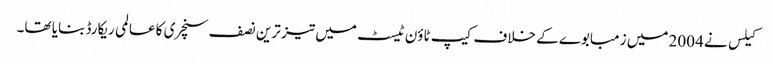
کیلس نے 2004 میں زمبابوے کے خلاف کیپ ٹاؤن ٹیسٹ میں تیز ترین نصف سنچری کا عالمی ریکارڈ بنایا تھا۔